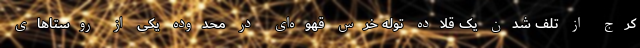
کرج از تلف شدن یک قلاده توله خرس قهوه‌ای در محدوده یکی از روستاهای